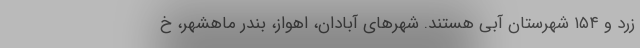
زرد و ۱۵۴ شهرستان آبی هستند. شهرهای آبادان، اهواز، بندر ماهشهر، خ